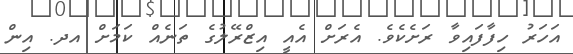
އަހަރު ހިފާފައިވާ ރަށެކެވެ. އެރަށް އެއީ އިޒްރޭލުގެ ތަނެއް ކަމަށް އދ. އިން